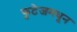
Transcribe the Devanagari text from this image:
फुटेजमधून